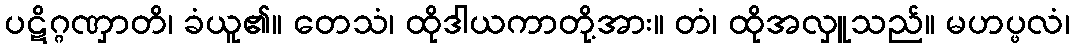
ပဋိဂ္ဂဏှာတိ၊ ခံယူ၏။ တေသံ၊ ထိုဒါယကာတို့အား။ တံ၊ ထိုအလှူသည်။ မဟပ္ဖလံ၊